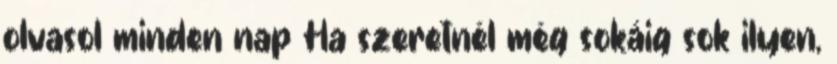
olvasol minden nap Ha szeretnél még sokáig sok ilyen,